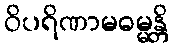
ဝိပရိဏာမဓမ္မန္တိ